Leaving Certificate Examination, 1910
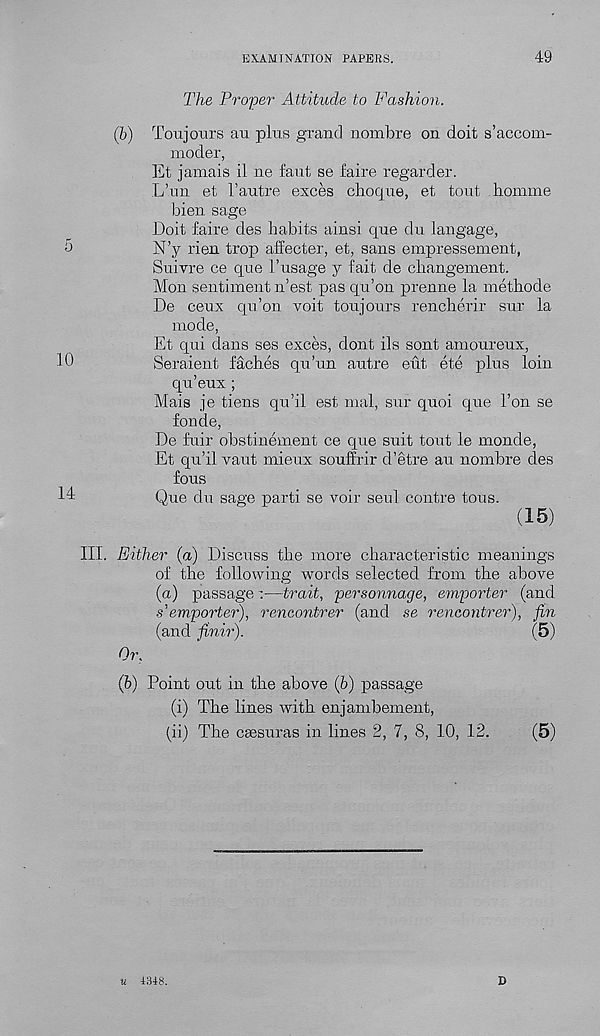
EXAMINATION PAPERS.
49
The Proper Attitude to Fashion.
(h) Toujours au pins grand nombre on doit s’accom-
moder,
Et jamais il ne faut se faire regarder.
L’un et I’antre exces choque, et tout homme
bien sage
Doit faire des habits ainsi que du langage,
5
N’y rien trop affecter, et, sans empressement,
Suivre ce que I’usage y fait de changement.
Mon sentiment n’est pas qu’on prenne la methode
De ceux qu’on voit toujours rencherir sur la
mode,
Et qui dans ses exces, dont ils sont amoureux,
0
Seraient faches qu’un autre eut ete plus loin
qu’eux ;
Mais je tiens qu’il est mal, sur quoi que Ton se
fonde,
De fuir obstinement ce que suit tout le monde,
Et qu’il vaut mieux souffrir d’etre au nombre des
fous
4
Que du sage parti se voir sen! contre tous.
(15)
III. Either (a) Discuss the more characteristic meanings
of the following words selected from the above
(a) passage:—trait, personnage, emporler (and
s'emporter), reneontrer (and se rencontrer), fin
(and finir).
(5)
Or,
(b) Point out in the above (b) passage
(i) The lines with enjambement,
(ii) The caesuras in lines 2, 7, 8, 10, 12.
(5)
u 4348.
D